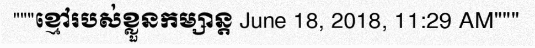
"""ខ្មៅរបស់ខ្លួនកម្សាន្ត June 18, 2018, 11:29 AM"""